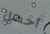
أحصل